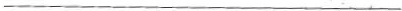
___